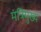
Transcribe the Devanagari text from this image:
मंत्रिमुख्य